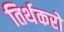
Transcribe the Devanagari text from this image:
तिर्थकरो